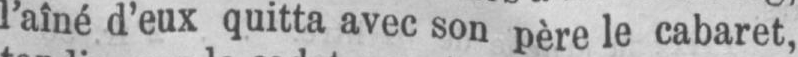
l’aîné d’eux quitta avec son père le cabaret,